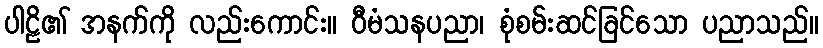
ပါဠိ၏ အနက်ကို လည်းကောင်း။ ဝီမံသနပညာ၊ စုံစမ်းဆင်ခြင်သော ပညာသည်။